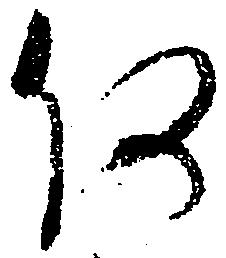
何